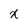
Character: x